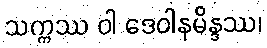
သက္ကဿ ဝါ ဒေဝါနမိန္ဒဿ၊